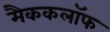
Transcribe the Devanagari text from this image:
मैककलॉफ